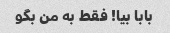
بابا بیا! فقط به من بگو